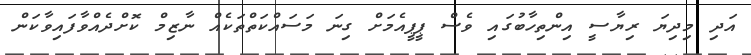
އަދި މިދިޔަ ރިޔާސީ އިންތިހާބުގައި ވެސް ޕީޕީއެމަށް ގިނަ މަަސައްކަތްތަކެއް ނާޒިމް ކޮށްދެއްވާފައިވާކަން